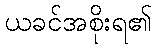
ယခင်အစိုးရ၏